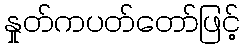
နှုတ်ကပတ်တော်ဖြင့်